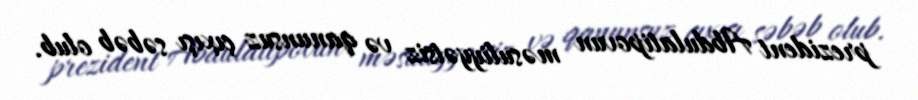
prezident Abdulatipovun məsuliyyətsiz və qanunsuz çıxışı səbəb olub.